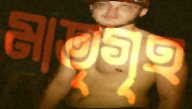
মাতৃগৃহ